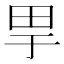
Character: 𤰤